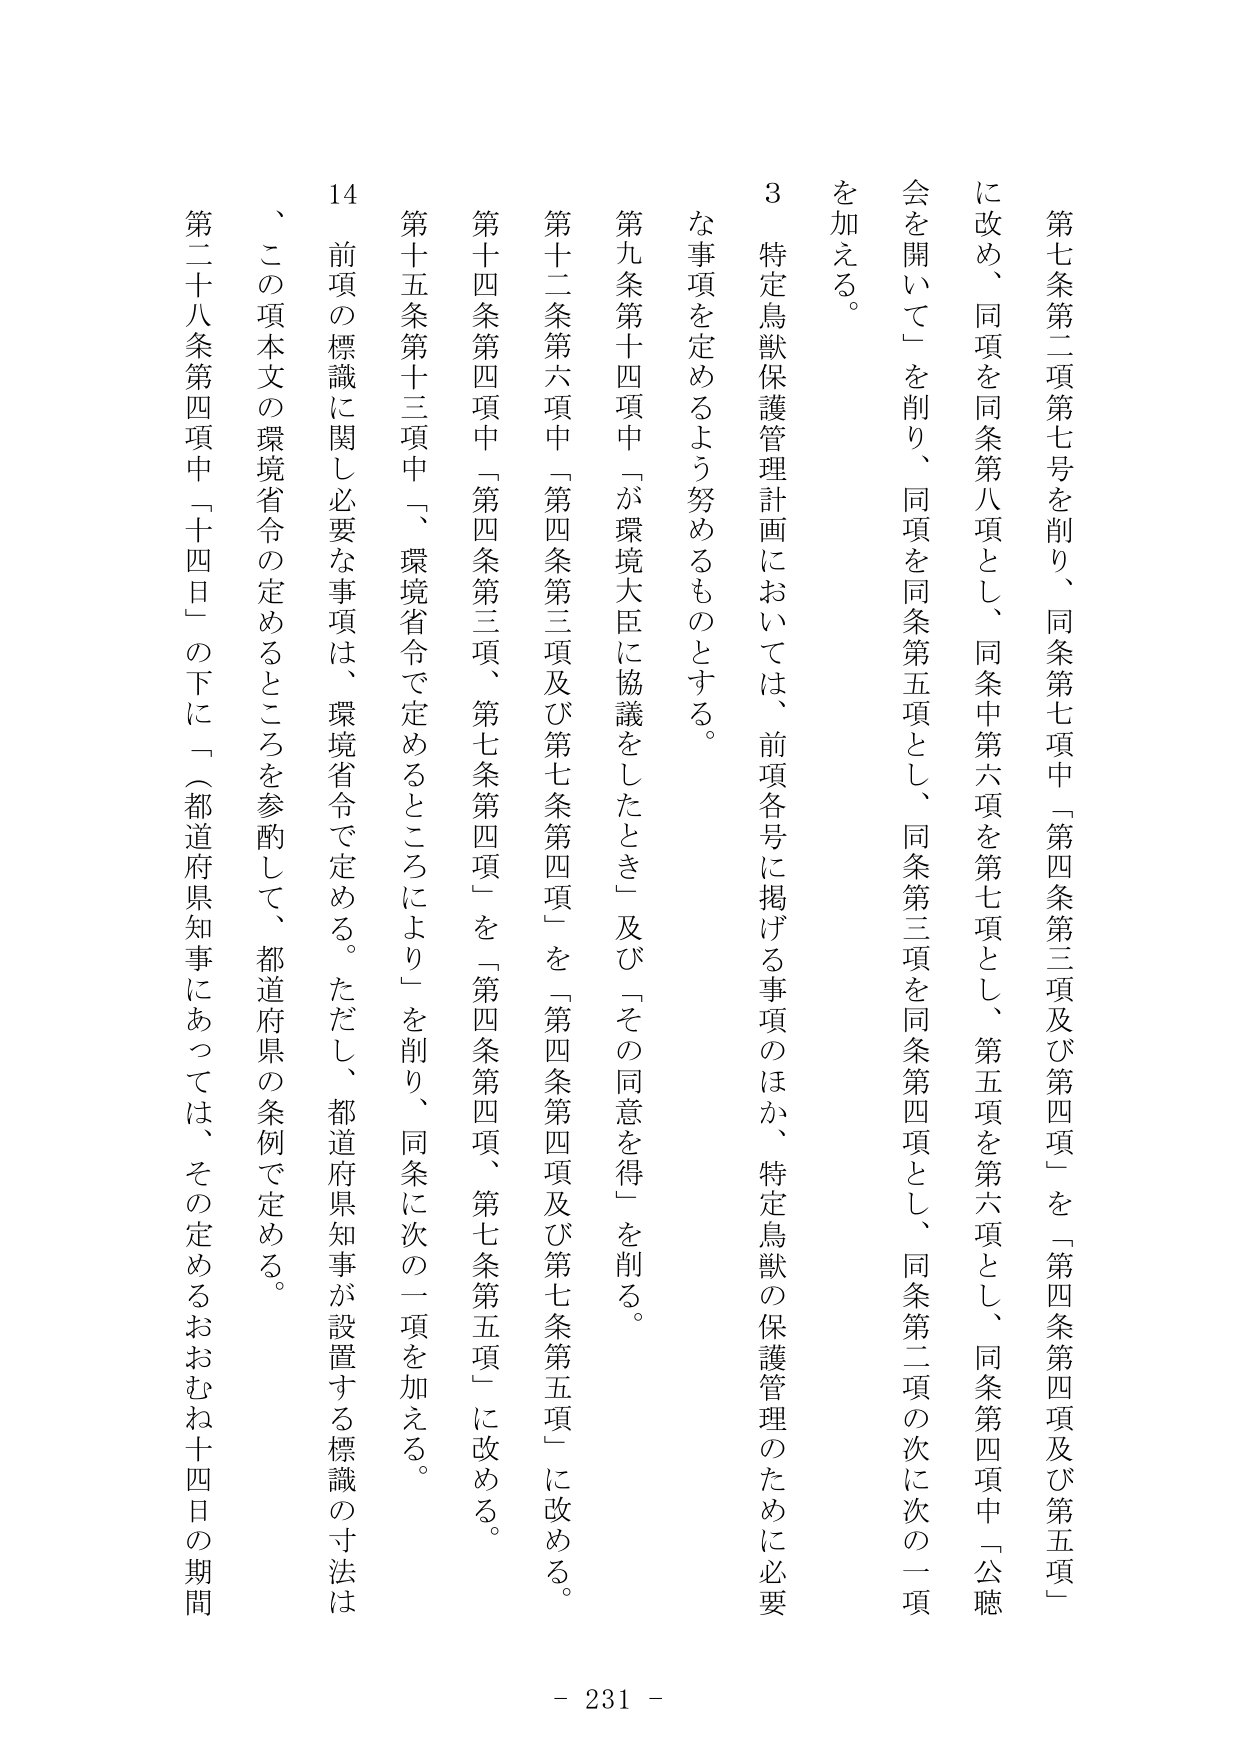
第七条第二項第七号を削り、同条第七項中「第四条第三項及び第四項」を「第四条第四項及び第五項」に改め、同項を同条第八項とし、同条中第六項を第七項とし、第五項を第六項とし、同条第四項中「公聴会を開いて」を削り、同項を同条第五項とし、同条第三項を同条第四項とし、同条第二項の次に次の一項を加える。

３　特定鳥獣保護管理計画においては、前項各号に掲げる事項のほか、特定鳥獣の保護管理のために必要な事項を定めるよう努めるものとする。

第九条第十四項中「が環境大臣に協議をしたとき」及び「その同意を得」を削る。

第十二条第六項中「第四条第三項及び第七条第四項」を「第四条第四項及び第七条第五項」に改める。

第十四条第四項中「第四条第三項、第七条第四項」を「第四条第四項、第七条第五項」に改める。

第十五条第十三項中「、環境省令で定めるところにより」を削り、同条に次の一項を加える。

14　前項の標識に関し必要な事項は、環境省令で定める。ただし、都道府県知事が設置する標識の寸法は、この項本文の環境省令の定めるところを参酌して、都道府県の条例で定める。

第二十八条第四項中「十四日」の下に「（都道府県知事にあっては、その定めるおおむね十四日の期間）」を加える。

- 231 -